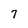
Character: 7